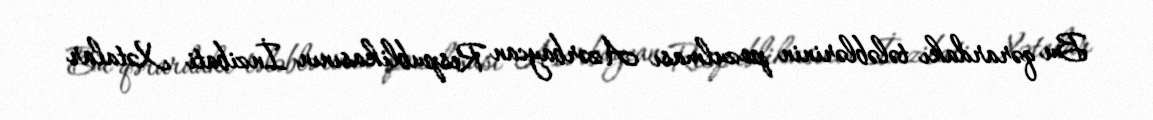
Bu qərardakı tələblərinin pozulması Azərbaycan Respublikasının İnzibati Xətalar